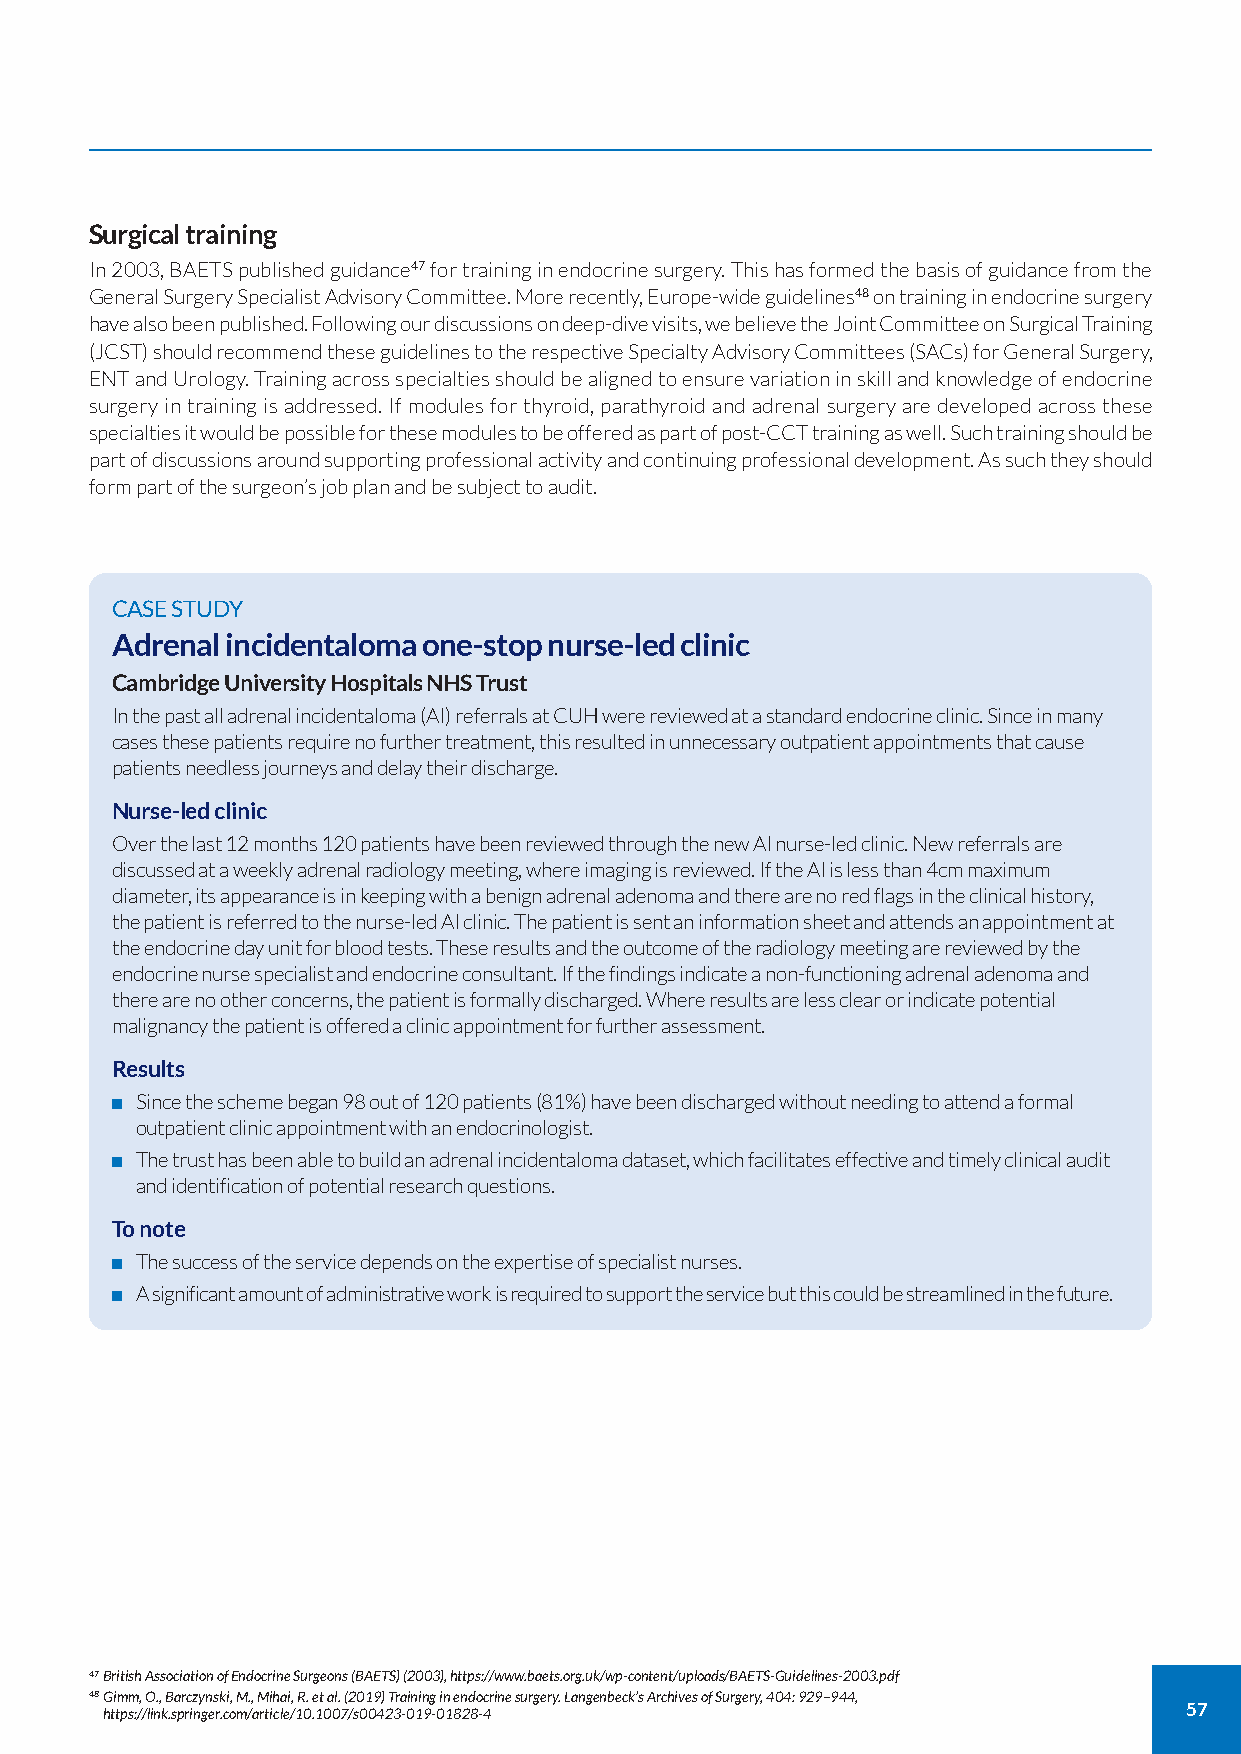
Surgical training
 In 2003, BAETS published guidance47 for training in endocrine surgery. This has formed the basis of guidance from the
 General Surgery Specialist Advisory Committee. More recently, Europe-wide guidelines48 on training in endocrine surgery
 have also been published. Following our discussions on deep-dive visits, we believe the Joint Committee on Surgical Training
 (JCST) should recommend these guidelines to the respective Specialty Advisory Committees (SACs) for General Surgery,
 ENT and Urology. Training across specialties should be aligned to ensure variation in skill and knowledge of endocrine
 surgery in training is addressed. If modules for thyroid, parathyroid and adrenal surgery are developed across these
 specialties it would be possible for these modules to be offered as part of post-CCT training as well. Such training should be
 part of discussions around supporting professional activity and continuing professional development. As such they should
 form part of the surgeon’s job plan and be subject to audit.
 CASE STUDY
 Adrenal incidentaloma one-stop nurse-led clinic
 Cambridge University Hospitals NHS Trust
 In the past all adrenal incidentaloma (AI) referrals at CUH were reviewed at a standard endocrine clinic. Since in many
 cases these patients require no further treatment, this resulted in unnecessary outpatient appointments that cause
 patients needless journeys and delay their discharge.
 Nurse-led clinic
 Over the last 12 months 120 patients have been reviewed through the new AI nurse-led clinic. New referrals are
 discussed at a weekly adrenal radiology meeting, where imaging is reviewed. If the AI is less than 4cm maximum
 diameter, its appearance is in keeping with a benign adrenal adenoma and there are no red flags in the clinical history,
 the patient is referred to the nurse-led AI clinic. The patient is sent an information sheet and attends an appointment at
 the endocrine day unit for blood tests. These results and the outcome of the radiology meeting are reviewed by the
 endocrine nurse specialist and endocrine consultant. If the findings indicate a non-functioning adrenal adenoma and
 there are no other concerns, the patient is formally discharged. Where results are less clear or indicate potential
 malignancy the patient is offered a clinic appointment for further assessment.
 Results
 Since the scheme began 98 out of 120 patients (81%) have been discharged without needing to attend a formal
 outpatient clinic appointment with an endocrinologist.
 The trust has been able to build an adrenal incidentaloma dataset, which facilitates effective and timely clinical audit
 and identification of potential research questions.
 To note
 The success of the service depends on the expertise of specialist nurses.
 A significant amount of administrative work is required to support the service but this could be streamlined in the future.
 47British Association of Endocrine Surgeons (BAETS) (2003), https://www.baets.org.uk/wp-content/uploads/BAETS-Guidelines-2003.pdf
 48Gimm, O., Barczynski, M., Mihai, R. et al. (2019) Training in endocrine surgery. Langenbeck’s Archives of Surgery, 404: 929–944,
 https://link.springer.com/article/10.1007/s00423-019-01828-4           57